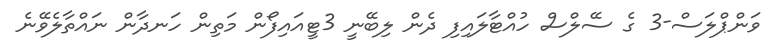
ވަންޕްލަސް-3 ގެ ސޭލްސް ހުއްޓާލައިފި ދެން ލިބޭނީ 3ޓީއައިފޯން މަތިން ހަނދާން ނައްތާލެވޭނެ